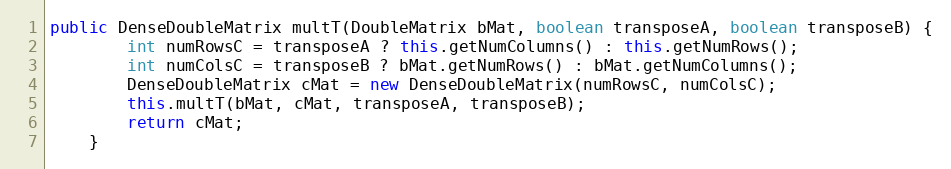
Language: Java
public DenseDoubleMatrix multT(DoubleMatrix bMat, boolean transposeA, boolean transposeB) {
        int numRowsC = transposeA ? this.getNumColumns() : this.getNumRows();
        int numColsC = transposeB ? bMat.getNumRows() : bMat.getNumColumns();
        DenseDoubleMatrix cMat = new DenseDoubleMatrix(numRowsC, numColsC);
        this.multT(bMat, cMat, transposeA, transposeB);
        return cMat;
    }